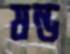
ষন্ড